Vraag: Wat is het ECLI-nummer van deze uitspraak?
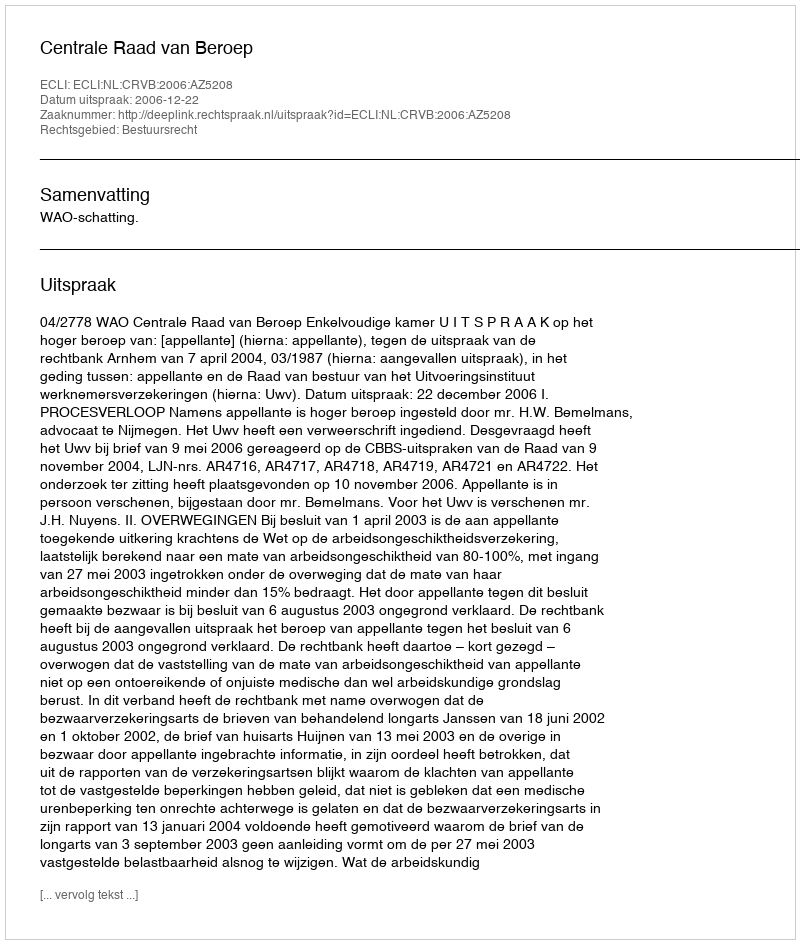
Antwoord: ECLI:NL:CRVB:2006:AZ5208